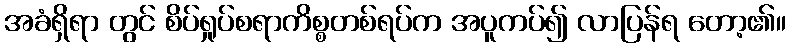
အခံရှိရာ တွင် စိပ်ရှုပ်စရာကိစ္စတစ်ရပ်က အပူကပ်၍ လာပြန်ရ တော့၏။